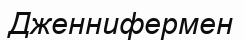
Дженнифермен